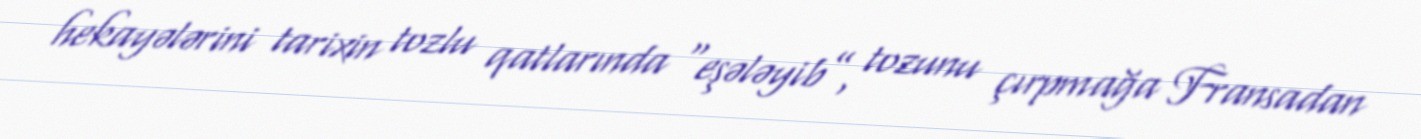
hekayələrini tarixin tozlu qatlarında “eşələyib”, tozunu çırpmağa Fransadan